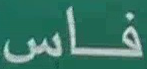
فاس